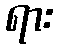
ရား